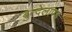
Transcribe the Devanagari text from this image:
बुन्देलाण्ड